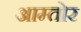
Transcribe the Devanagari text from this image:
आम्तोर